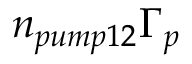
n _ { p u m p 1 2 } \Gamma _ { p }